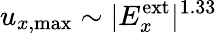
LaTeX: u_{x,\textrm{max}}\sim|E_{x}^{\textrm{ext}}|^{1.33}